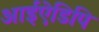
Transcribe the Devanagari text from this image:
आईऐडिपि